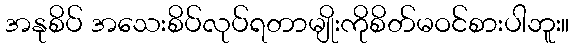
အနုစိပ် အသေးစိပ်လုပ်ရတာမျိုးကိုစိတ်မဝင်စားပါဘူး။